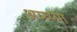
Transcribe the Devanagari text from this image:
अय्य्प्पा